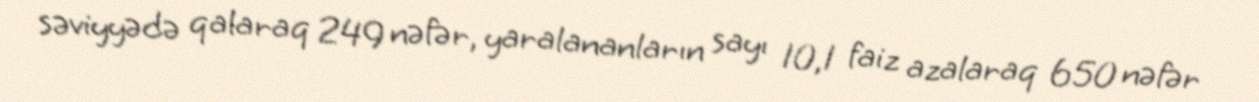
səviyyədə qalaraq 249 nəfər, yaralananların sayı 10,1 faiz azalaraq 650 nəfər